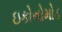
ઇકોનોમોડ